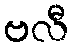
ဗလီ